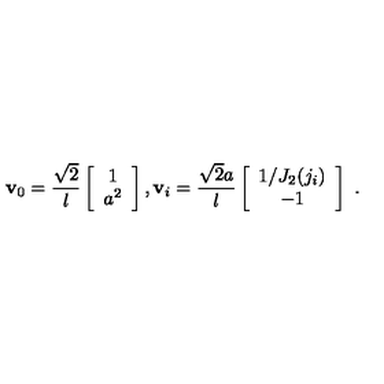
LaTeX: { \bf v } _ { 0 } = \frac { \sqrt 2 } l \left[ \begin{array} { c } { 1 } \\ { a ^ { 2 } } \\ \end{array} \right] , { \bf v } _ { i } = \frac { { \sqrt 2 } a } l \left[ \begin{array} { c } { 1 / J _ { 2 } ( j _ { i } ) } \\ { - 1 } \\ \end{array} \right] \ .